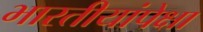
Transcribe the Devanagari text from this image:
भारतीयांपेक्षा